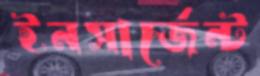
ইনসার্জেন্ট